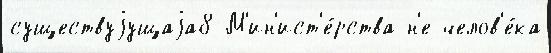
существуjущаjа8 М'ин'ист'е́рства н'е челов'е́ка